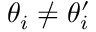
\theta _ { i } \neq \theta _ { i } ^ { \prime }